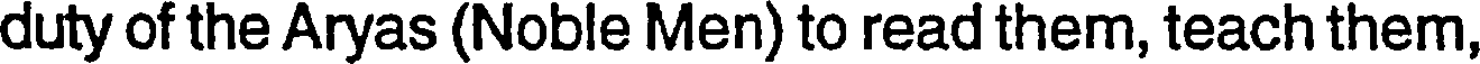
duty of the Aryas (Noble Men) to read them, teach them,